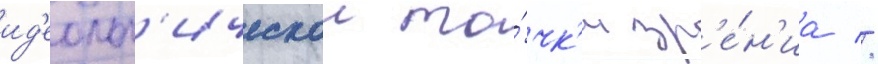
ид'еолог'ическои то́чк'и зр'е́н'иа //